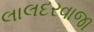
લાલદરવાજા